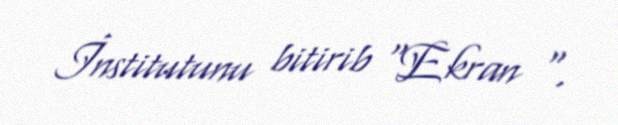
İnstitutunu bitirib "Ekran ".